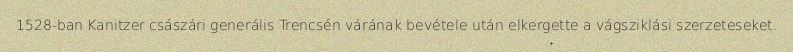
1528-ban Kanitzer császári generális Trencsén várának bevétele után elkergette a vágsziklási szerzeteseket.